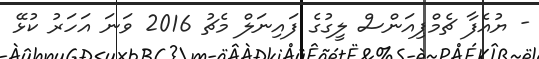
- ޔުއެފާ ޗެމްޕިއަންސް ލީގުގެ ފައިނަލް މެޗު 2016 ވަނަ އަހަރު ކުޅޭ